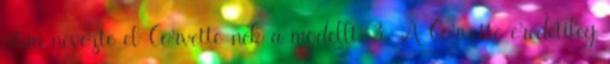
után nevezte el Corvette-nek a modellt. 3 A Corvette eredetileg